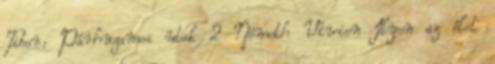
Tibor: Párhuzamos utak 2 Németh Vivien Ilyen az élet